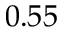
0 . 5 5